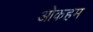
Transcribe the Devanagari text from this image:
ओकहम